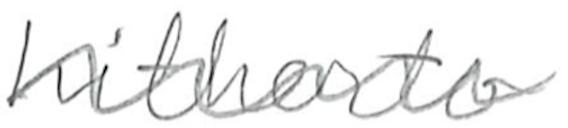
Text: hitherto
Cross-out: wave
Writing tool: pencil